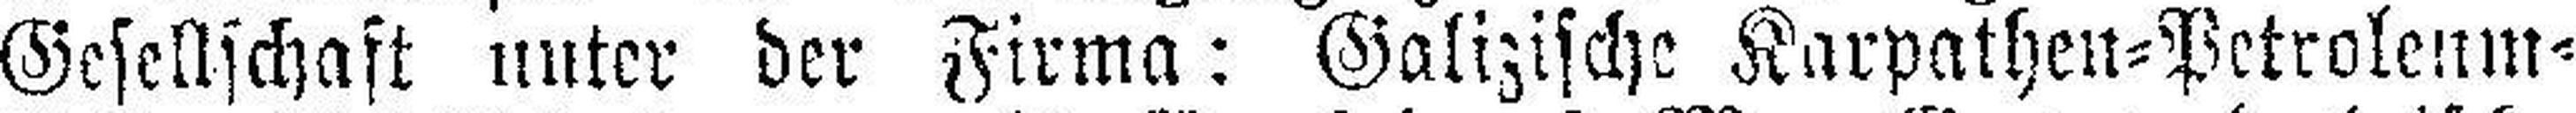
Gesellschaft unter der Firma: Galizische Karpathen=Petroleum=